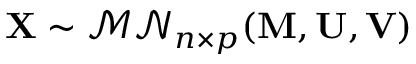
\mathbf { X } \sim { \mathcal { M N } } _ { n \times p } ( \mathbf { M } , \mathbf { U } , \mathbf { V } )